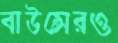
বাউন্সেরও